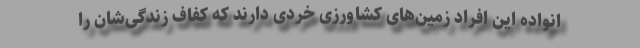
انواده این افراد زمین‌های کشاورزی خردی دارند که کفاف زندگی‌شان را